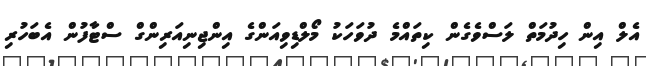
އެލް އިން ހިދުމަތް ލަސްވެގެން ކިތައްމެ ދުވަަހަކު މޯލްޑިވިއަންގެ އިންޖިނިއަރިންގް ސްޓާފުން އެބަހުރި